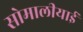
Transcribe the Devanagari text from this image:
सोमालीयाई